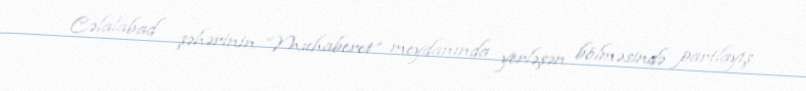
Cəlalabad şəhərinin “Muhaberet” meydanında yerləşən bölməsində partlayış